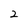
Character: 2